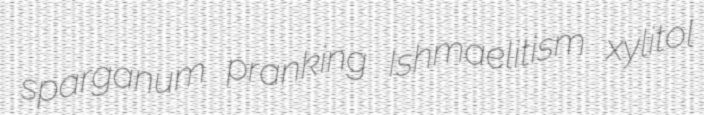
sparganum pranking Ishmaelitism xylitol